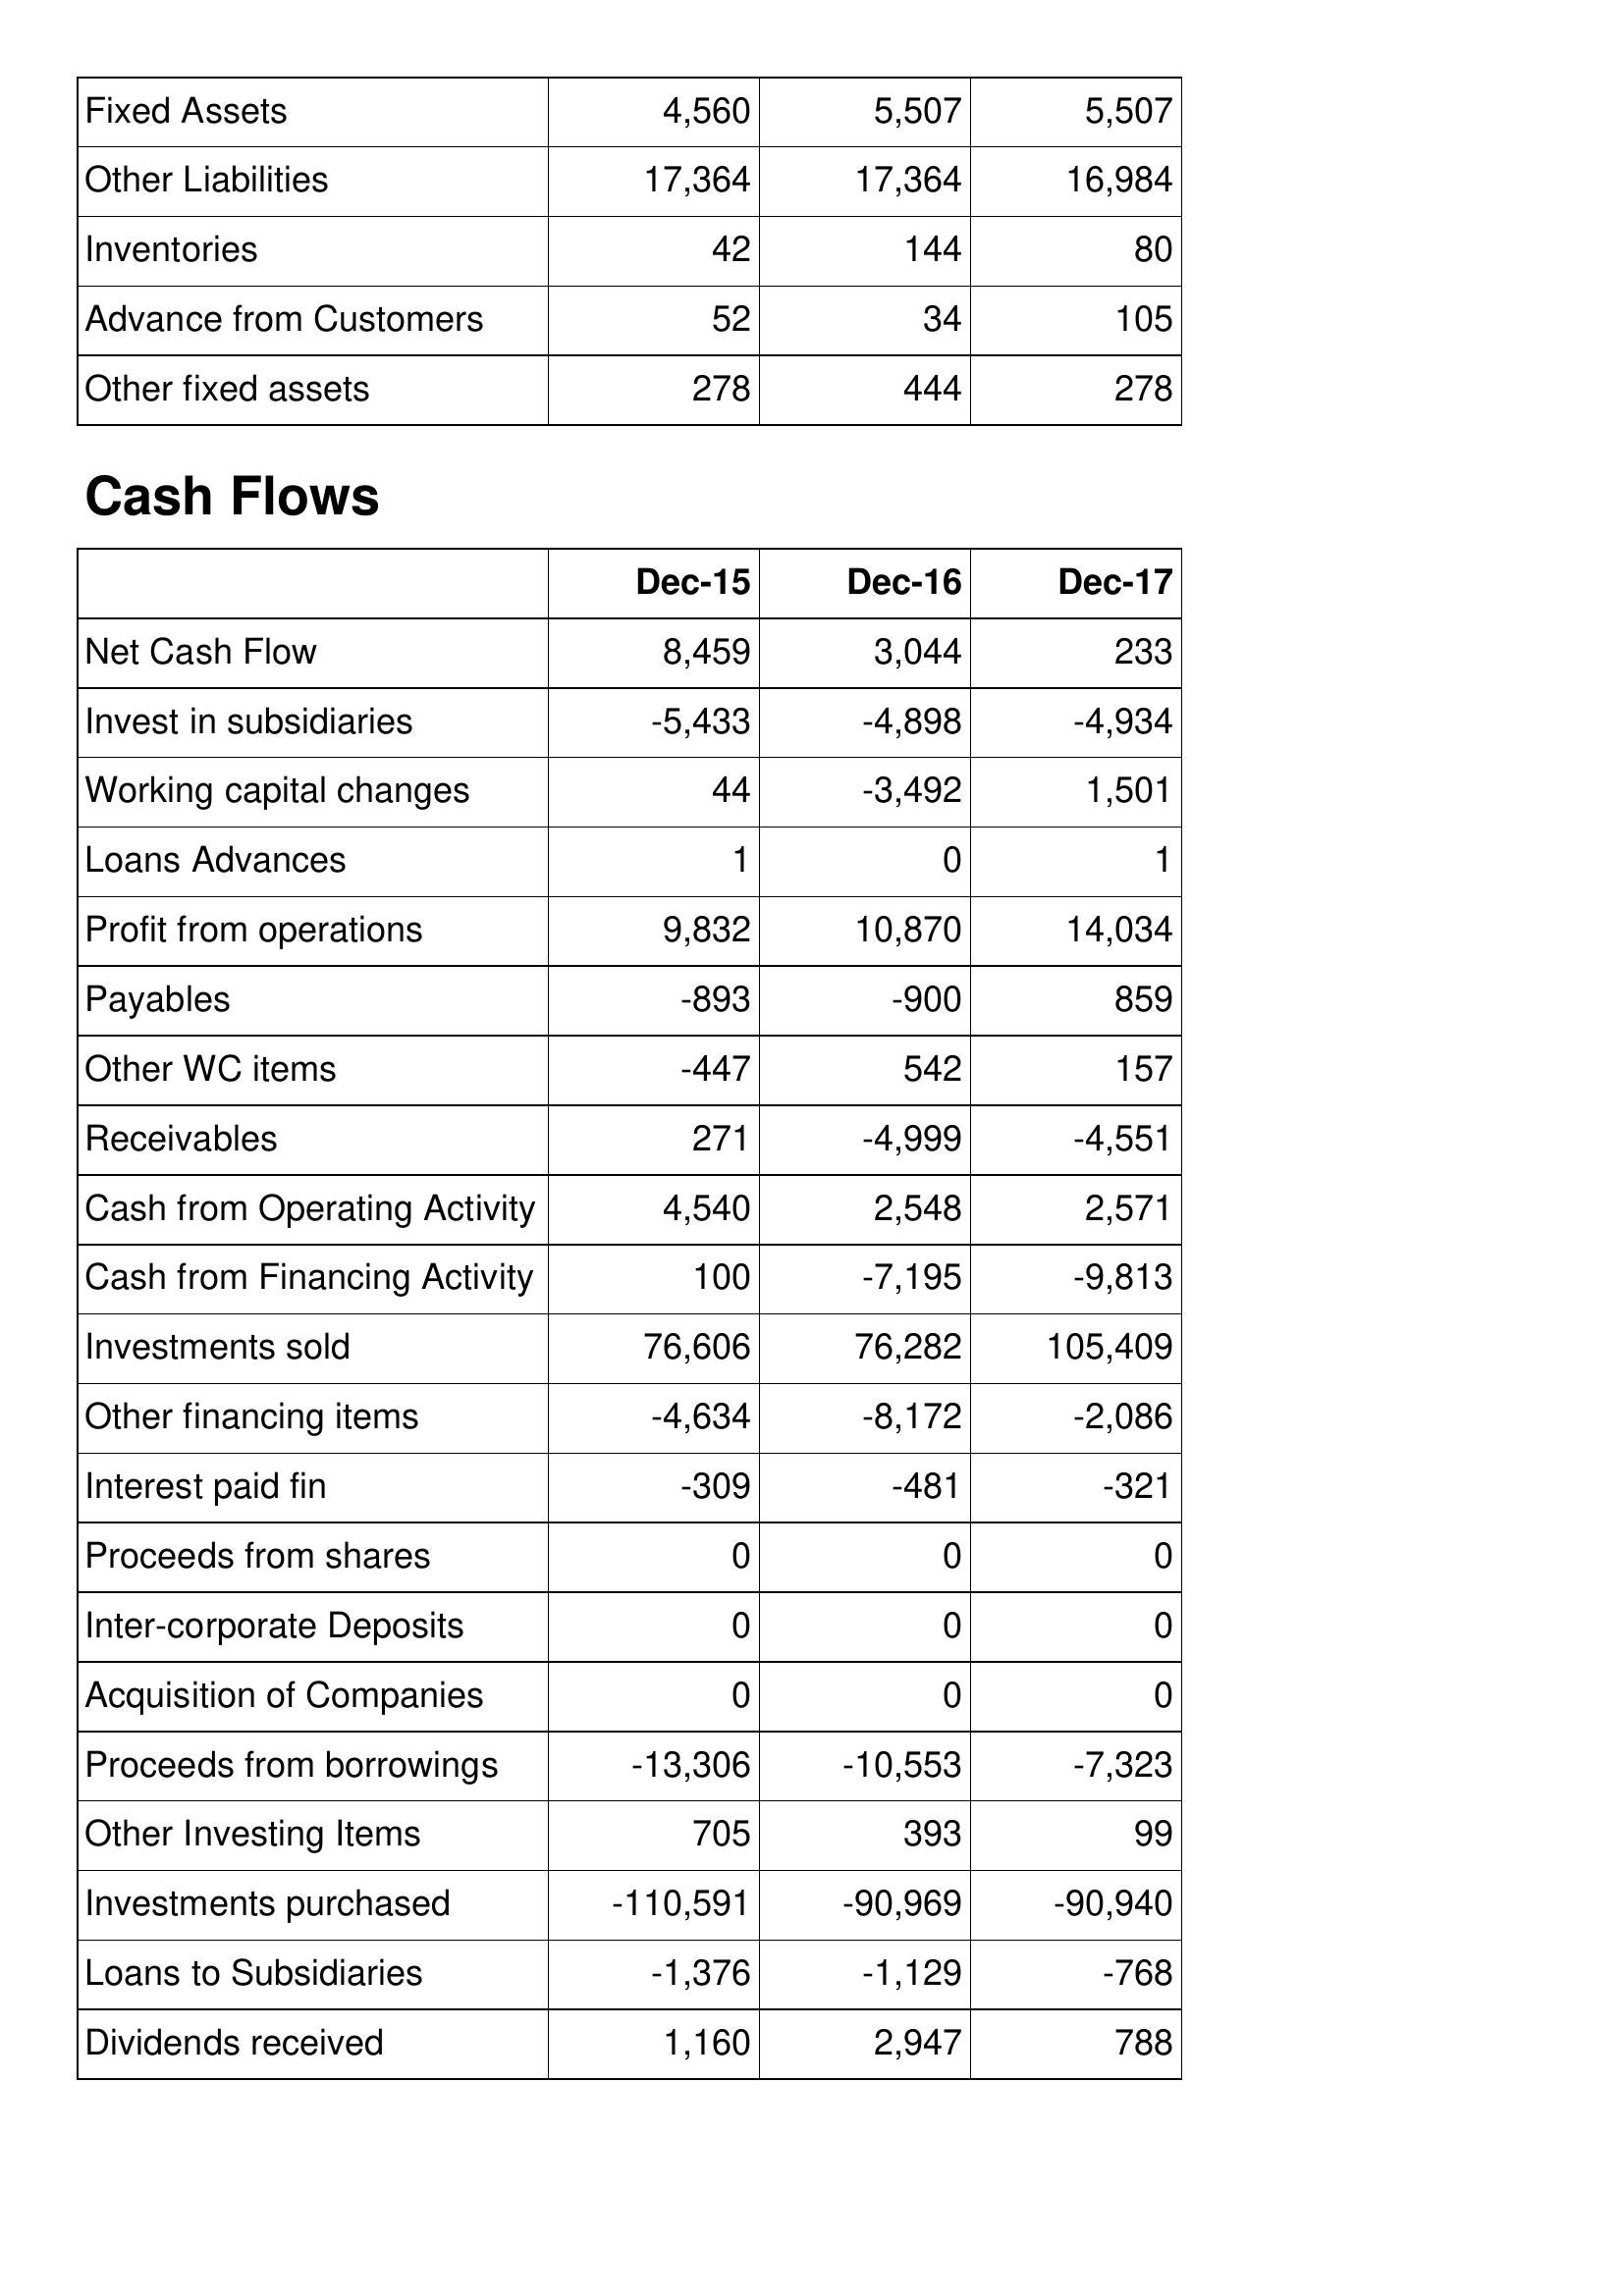
Dec-15: Balance Sheet: Fixed Assets: 4,560
Other Liabilities: 17,364
Inventories: 42
Advance from Customers: 52
Other fixed assets: 278
Cash Flows: Net Cash Flow: 8,459
Invest in subsidiaries: -5,433
Working capital changes: 44
Loans Advances: 1
Profit from operations: 9,832
Payables: -893
Other WC items: -447
Receivables: 271
Cash from Operating Activity: 4,540
Cash from Financing Activity: 100
Investments sold: 76,606
Other financing items: -4,634
Interest paid fin: -309
Proceeds from shares: 0
Inter-corporate Deposits: 0
Acquisition of Companies: 0
Proceeds from borrowings: -13,306
Other Investing Items: 705
Investments purchased: -110,591
Loans to Subsidiaries: -1,376
Dividends received: 1,160
Dec-16: Balance Sheet: Fixed Assets: 5,507
Other Liabilities: 17,364
Inventories: 144
Advance from Customers: 34
Other fixed assets: 444
Cash Flows: Net Cash Flow: 3,044
Invest in subsidiaries: -4,898
Working capital changes: -3,492
Loans Advances: 0
Profit from operations: 10,870
Payables: -900
Other WC items: 542
Receivables: -4,999
Cash from Operating Activity: 2,548
Cash from Financing Activity: -7,195
Investments sold: 76,282
Other financing items: -8,172
Interest paid fin: -481
Proceeds from shares: 0
Inter-corporate Deposits: 0
Acquisition of Companies: 0
Proceeds from borrowings: -10,553
Other Investing Items: 393
Investments purchased: -90,969
Loans to Subsidiaries: -1,129
Dividends received: 2,947
Dec-17: Balance Sheet: Fixed Assets: 5,507
Other Liabilities: 16,984
Inventories: 80
Advance from Customers: 105
Other fixed assets: 278
Cash Flows: Net Cash Flow: 233
Invest in subsidiaries: -4,934
Working capital changes: 1,501
Loans Advances: 1
Profit from operations: 14,034
Payables: 859
Other WC items: 157
Receivables: -4,551
Cash from Operating Activity: 2,571
Cash from Financing Activity: -9,813
Investments sold: 105,409
Other financing items: -2,086
Interest paid fin: -321
Proceeds from shares: 0
Inter-corporate Deposits: 0
Acquisition of Companies: 0
Proceeds from borrowings: -7,323
Other Investing Items: 99
Investments purchased: -90,940
Loans to Subsidiaries: -768
Dividends received: 788